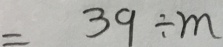
= 3 9 \div m